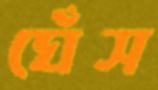
ঘেঁস